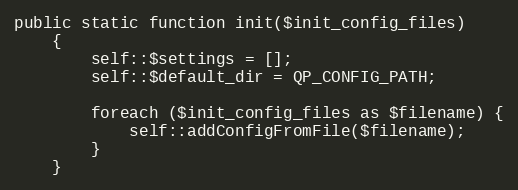
Language: PHP
public static function init($init_config_files)
    {
        self::$settings = [];
        self::$default_dir = QP_CONFIG_PATH;

        foreach ($init_config_files as $filename) {
            self::addConfigFromFile($filename);
        }
    }